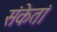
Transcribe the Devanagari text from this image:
संकेतां